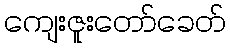
ကျေးဇူးတော်ခေတ်